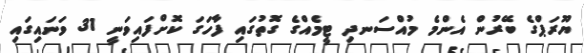
ޔޫރަޕްގެ ބޭރުން އެންމެ މުއްސަނދި ޓީމެއްގެ ގޮތުގައި ފާހަގަ ކޮށްފައިވަނީ 31 ވަނައިގައި